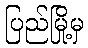
ပြည်မြို့မှ